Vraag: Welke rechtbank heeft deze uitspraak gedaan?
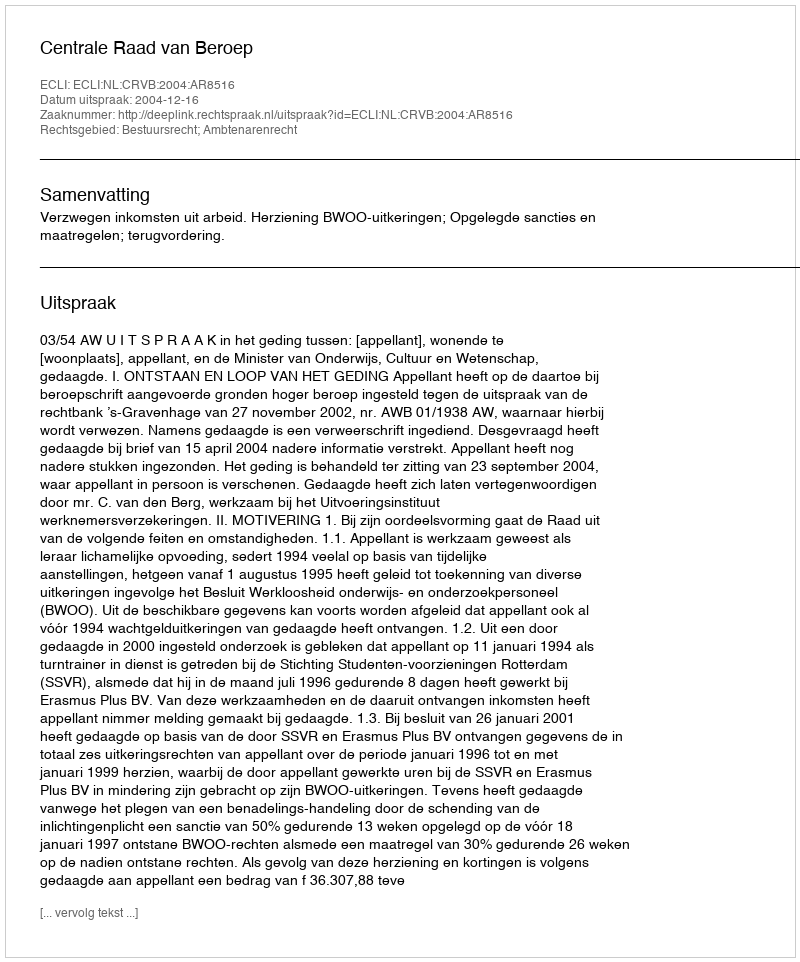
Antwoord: Centrale Raad van Beroep